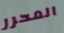
المحرر